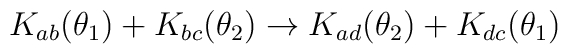
K_{ab}(\theta_1 )+K_{bc}(\theta_2 ) \rightarrow K_{ad}(\theta_2 )+K_{dc}(\theta_1 )